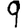
Digit: 9